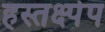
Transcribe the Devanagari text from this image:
हस्तक्ष्पेप